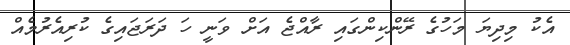
އެކު މިދިޔަ މަހުގެ ރޭންކިންގައި ރާއްޖެ އަށް ވަނީ ހަ ދަރަޖައިގެ ކުރިއެރުމެއް